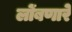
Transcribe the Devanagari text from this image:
लोंबणारे